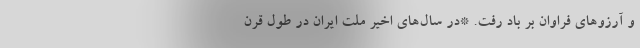
و آرزوهای فراوان بر باد رفت. *در سال‌های اخیر ملت ایران در طول قرن